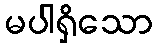
မပါရှိသော